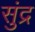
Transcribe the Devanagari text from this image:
सुंद्र